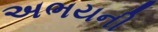
અભયની